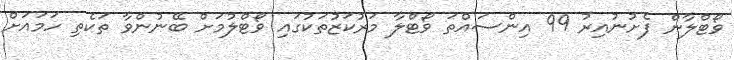
ވޯޓްލާން ފެށުނުއިރު 99 އިންސައްތަ ވޯޓްލާ މަރުކަޒުތަކުގައި ވޯޓްލުމަށް ބޭނުންވާ ތަކެތި ހަމައަށް